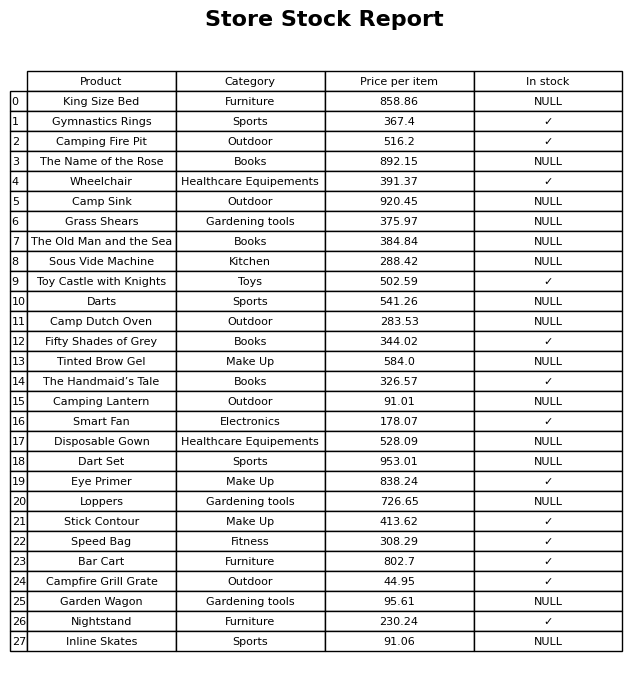
question: What is the price of the Wheelchair?
answer: The price of Wheelchair is 391.37.